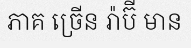
ភាគ ច្រើន រ៉ាប៊ី មាន